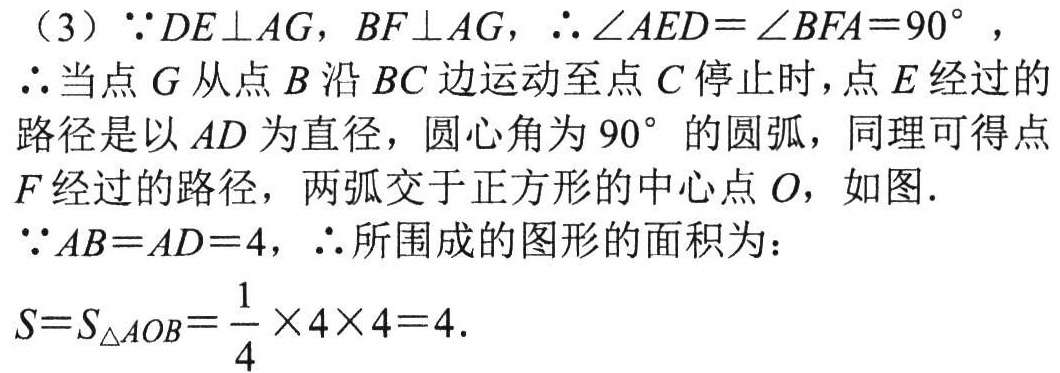
（3）\(\because DE\perp AG\)，\(BF\perp AG\)，\(\therefore \angle AED = \angle BFA = 90^{\circ}\)，

\(\therefore\)当点\(G\)从点\(B\)沿\(BC\)边运动至点\(C\)停止时，点\(E\)经过的路径是以\(AD\)为直径，圆心角为\(90^{\circ}\)的圆弧，同理可得点\(F\)经过的路径，两弧交于正方形的中心点\(O\)，如图．

\(\because AB = AD = 4\)，\(\therefore\)所围成的图形的面积为：

\(S = S_{\triangle AOB}=\frac{1}{4}\times4\times4 = 4\)．